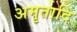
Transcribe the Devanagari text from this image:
अमृतादि